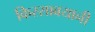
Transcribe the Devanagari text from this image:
किस्साबयानी